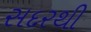
સદરથી